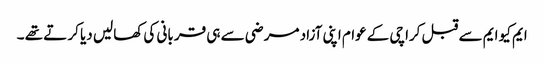
ایم کیو ایم سے قبل کراچی کے عوام اپنی آزاد مر ضی سے ہی قر بانی کی کھالیں دیا کر تے تھے ۔